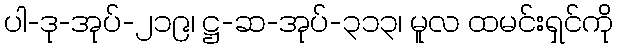
ပါ-ဒု-အုပ်-၂၁၉၊ ဋ္ဌ-ဆ-အုပ်-၃၁၃၊ မူလ ထမင်းရှင်ကို